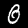
Digit: 0